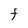
Character: F